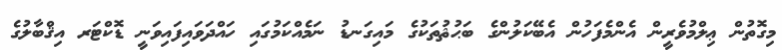
މިގޮތުން ޢިލްމުވެރީން އެންމެފަހުން އެބޭކަލުންގެ ބަޙުޘުތަކުގެ މައިގަނޑު ނަމެއްކަމުގައި ހައްދަވައިފައިވަނީ ޑޮކްޓަރ އިޤްބާލުގެ